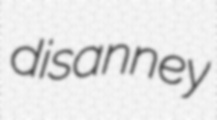
disanney